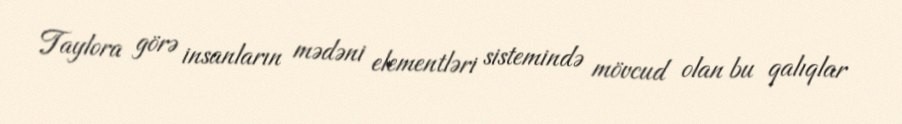
Taylora görə insanların mədəni elementləri sistemində mövcud olan bu qalıqlar